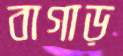
বাগাড়